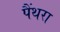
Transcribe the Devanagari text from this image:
पैंथरा